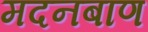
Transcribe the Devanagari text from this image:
मदनबाण